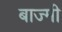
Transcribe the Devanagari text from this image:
बाज्मी